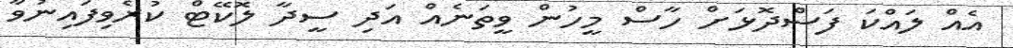
އެއް ލައްކަ ފަސްދޮޅަށް ހާސް މީހުން ވީތަނެއް އަދި ސީދާ ލޮކޭޓް ކުރެވިފައިނުވާ